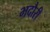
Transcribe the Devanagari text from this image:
भदौरी